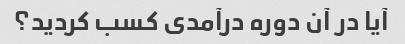
آیا در آن دوره درآمدی کسب کردید؟